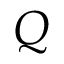
Q